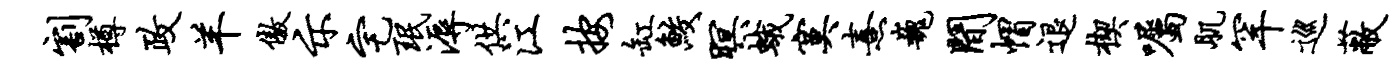
割樽政羊傲示宅珉溽供江按缸鲛暝蛾寞熹巍间帽退楔嘱肌罕巡蔽